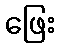
ဖြေး